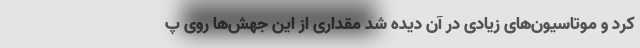
کرد و موتاسیون‌های زیادی در آن دیده شد مقداری از این جهش‌ها روی پ